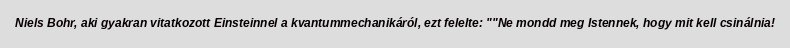
Niels Bohr, aki gyakran vitatkozott Einsteinnel a kvantummechanikáról, ezt felelte: ""Ne mondd meg Istennek, hogy mit kell csinálnia!